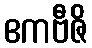
ဧကဗီဇိ